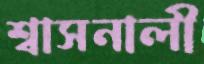
শ্বাসনালী